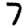
Digit: 7